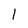
Character: 1